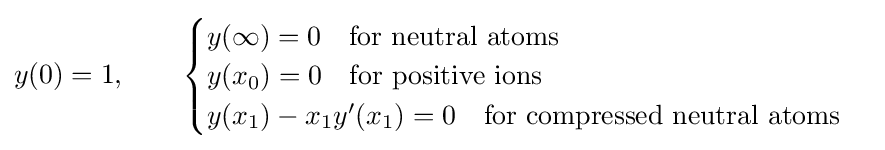
y(0)=1,\quad \quad {\begin{cases}y(\infty )=0\quad {\text{for neutral atoms}}\\y(x_{0})=0\quad {\text{for positive ions}}\\y(x_{1})-x_{1}y'(x_{1})=0\quad {\text{for compressed neutral atoms}}\end{cases}}